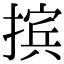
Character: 摈